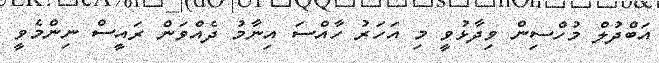
އަބްދުލް މުހްސިން ވިދާޅުވީ މި އަހަރު ހާއްސަ އިނާމު ދެއްވަން ރައީސް ނިންމެވީ